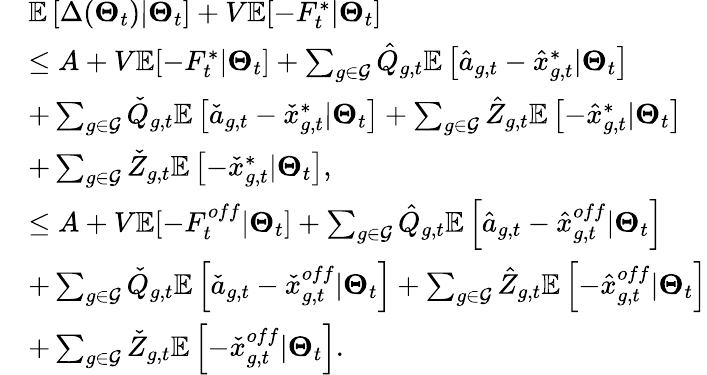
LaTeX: \begin{array}{rl}&{\mathbb{E}\left[\Delta(\boldsymbol{\Theta}_{t})|\boldsymbol{\Theta}_{t}\right]+V\mathbb{E}[-F_{t}^{*}|\boldsymbol{\Theta}_{t}]}\\ &{\leq A+V\mathbb{E}[-F_{t}^{*}|\boldsymbol{\Theta}_{t}]+\sum_{g\in{\mathcal{G}}}\hat{Q}_{g,t}\mathbb{E}\left[\hat{a}_{g,t}-\hat{x}_{g,t}^{*}|\boldsymbol{\Theta}_{t}\right]}\\ &{+\sum_{g\in{\mathcal{G}}}\check{Q}_{g,t}\mathbb{E}\left[\check{a}_{g,t}-\check{x}_{g,t}^{*}|\boldsymbol{\Theta}_{t}\right]+\sum_{g\in{\mathcal{G}}}\hat{Z}_{g,t}\mathbb{E}\left[-\hat{x}_{g,t}^{*}|\boldsymbol{\Theta}_{t}\right]}\\ &{+\sum_{g\in{\mathcal{G}}}\check{Z}_{g,t}\mathbb{E}\left[-\check{x}_{g,t}^{*}|\boldsymbol{\Theta}_{t}\right],}\\ &{\leq A+V\mathbb{E}[-F_{t}^{off}|\boldsymbol{\Theta}_{t}]+\sum_{g\in{\mathcal{G}}}\hat{Q}_{g,t}\mathbb{E}\left[\hat{a}_{g,t}-\hat{x}_{g,t}^{off}|\boldsymbol{\Theta}_{t}\right]}\\ &{+\sum_{g\in{\mathcal{G}}}\check{Q}_{g,t}\mathbb{E}\left[\check{a}_{g,t}-\check{x}_{g,t}^{off}|\boldsymbol{\Theta}_{t}\right]+\sum_{g\in{\mathcal{G}}}\hat{Z}_{g,t}\mathbb{E}\left[-\hat{x}_{g,t}^{off}|\boldsymbol{\Theta}_{t}\right]}\\ &{+\sum_{g\in{\mathcal{G}}}\check{Z}_{g,t}\mathbb{E}\left[-\check{x}_{g,t}^{off}|\boldsymbol{\Theta}_{t}\right].}\end{array}